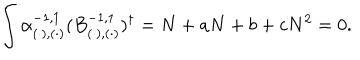
\int \alpha _ { ( \cdot ) , ( \cdot ) } ^ { - 1 , 1 } ( B _ { ( \cdot ) , ( \cdot ) } ^ { - 1 , 1 } ) ^ { \dagger } = N + a N + b + c N ^ { 2 } = 0 .